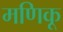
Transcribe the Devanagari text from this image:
मणिकू